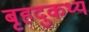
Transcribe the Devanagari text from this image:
बृहदुकथ्य